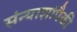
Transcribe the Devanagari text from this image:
संन्याशांपैकी